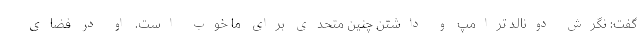
گفت: نگرش دونالد ترامپ و داشتن چنین متحدی برای ما خوب است. او در فضای